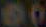
60